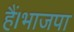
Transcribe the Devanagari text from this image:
हैं।भाजपा